Leaving Certificate Examination, 1909
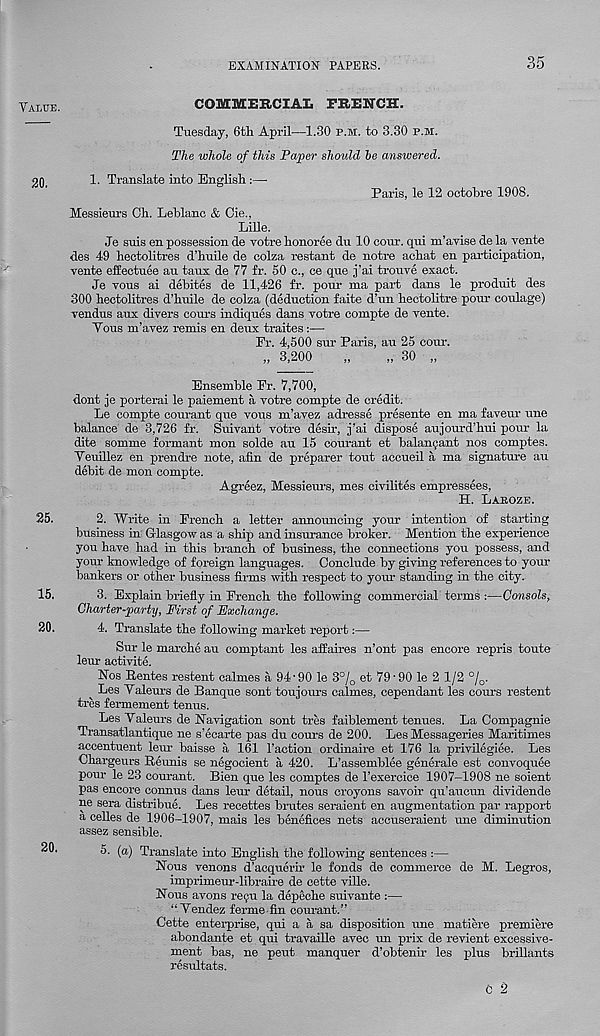
EXAMINATION PAPERS.
35
COMHtERCIAI. FRENCH.
Tuesday, 6tli April—1.30 p.m. to 3.30 p.m.
The whole of this Paper should he answered.
1. Translate into English:—•
Paris, le 12 ootohre 1908.
Messieurs Oh. Letdanc & Cie.,
Lille.
Je suis en possession de votre lionoree du 10 cour. qui m’avise de la vente
des 49 hectolitres d’huile de colza restant de notre achat en participation,
vente effectuee an taux de 77 fr. 50 c., ce que j’ai trouve exact.
Je vous ai dehites de 11,426 fr. pour ma pai’t dans le produit des
300 hectolitres d’huile de colza (deduction faite d’un hectolitre pour cordage)
vendus airs divers cours indiques dans votre compte de vente.
Yous m’avez remis en deux traites
Fr. 4,500 sur Paris, au 25 cour.
„ 3,200
„
„ 30 „
Ensemble Fr. 7,700,
dont je porterai le paiement a votre compte de credit.
Le compte courant que vous m’avez adresse presente en ma faveur une
balance de 3,726 fr. Suivant votre desir, j’ai dispose aujourd’hui pour la
dite somme formant mon solde au 15 courant et balan^ant nos comptes.
Yeuillez en prendre note, afin de preparer tout accueil a ma signature au
debit de mon compte.
Agreez, Messieurs, mes civilites empressees,
H. LAROZE.
2. Write in French a letter announcing your intention of starting
business in Glasgow as a ship and insurance broker. Mention the experience
you have had in this branch of business, the connections you possess, and
your knowledge of foreign languages. Conclude by giving references to your
bankers or other business firms with respect to yoiu- standing in the city.
3. Explain briefly in French the following commercial terms :—Consols,
Charter-party, First of Exchange.
4. Translate the following market report:—
Sur le marche au comptant les affaires n’ont pas encore repris toute
leur activite.
Nos Rentes restent calmes a 94-90 le 3% et 79-90 le 2 1/2 %.
__ Les Yaleurs de Banque sont toujours calmes, cependant les cours restent
tres fermement tenus.
Les Yaleurs de Navigation sont tres faiblement tenues. La Compagnie
Transatlantique ne s’ecarte pas du cours de 200. Les Messageries Maritimes
accentuent leur baisse a 161 I’action ordinaire et 176 la privilegiee. Les
Chargeurs Reunis se negocient a 420. L’assemblee generate est convoquee
pom- le 23 courant. Bien que les comptes de 1’exercice 1907-1908 ne soient
pas encore connus dans leur detail, nous croyons savoir qu’aucun dividende
ne sera distribue. Les recettes bx-utes sex-aient en augmentation par x-appox-t
a celles de 1906-1907, mais les benefices nets accusex-aient une diminution
assez sensible.
5. (a) Translate into English the following sentences :—
Nous venons d’acquex-ir le fonds de commex-ce de M. Legros,
imprimeur-libraire de cette ville.
Nous avons recju la depeche suivante :—
“ Yendez fex-me fin com-ant.”
Cette entei-pi-ise, qui a a sa disposition une matiex-e premiere
abondante et qui tx-availle avec un px-ix de revient excessive-
ment bas, ne peut manquer d’obtenir les plus brillaxxts
resultats.